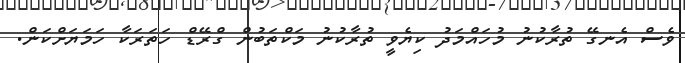
ވެސް އެނގޭ ތުރާކުނު މުހައްމަދު ކިޔެވީ ތުރާކުނު މަކްތަބުން ގްރޭޑް ހަތަރަކާ ހަމަޔަށްކަން.